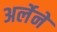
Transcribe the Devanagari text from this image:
अर्लेने